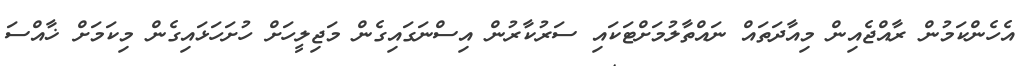
އެހެންކަމުން ރާއްޖެއިން މިއާދަތައް ނައްތާލުމަށްޓަކައި ސަރުކާރުން އިސްނަގައިގެން މަޖިލީހަށް ހުށަހަޅައިގެން މިކަމަށް ޚާއްސަ